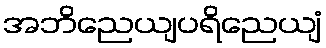
အဘိညေယျပရိညေယျံ